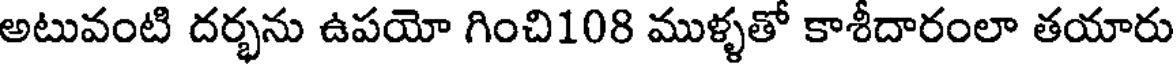
అటువంటి దర్భను ఉపయో గించి108 ముళ్ళతో కాశీదారంలా తయారు